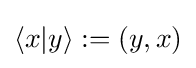
\langle x|y\rangle :=\left(y,x\right)